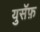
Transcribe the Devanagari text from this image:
युसॅफ़